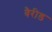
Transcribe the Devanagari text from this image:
वैरीड